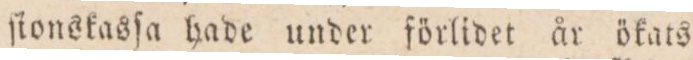
ſtonskasſa hade under förlidet år ökats